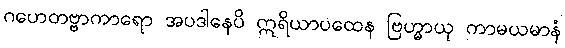
ဂဟေတဗ္ဗာကာရော အပဒါနေပိ ဣရိယာပထေန ဗြဟ္မာယု ကာမယမာနံ